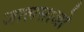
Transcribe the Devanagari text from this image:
जालसाजो